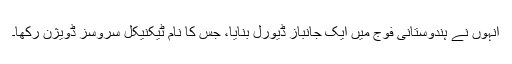
انہوں نے ہندوستانی فوج میں ایک جانباز ڈیورَل بنایا، جس کا نام ٹیکنیکل سروسز ڈویژن رکھا۔